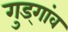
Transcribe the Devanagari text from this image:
गुड्गांव